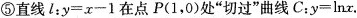
⑤直线l：$$y = x - 1$$在点P(1，0)处”切过”曲线C：y=\lnx。